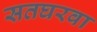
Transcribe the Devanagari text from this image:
सतघरवा